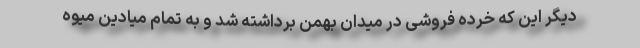
دیگر این که خرده فروشی در میدان بهمن برداشته شد و به تمام میادین میوه